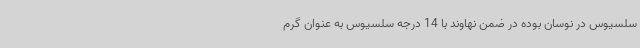
سلسیوس در نوسان بوده در ضمن نهاوند با 14 درجه سلسیوس به عنوان گرم